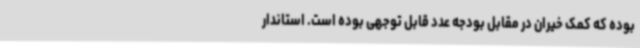
بوده که کمک خیران در مقابل بودجه عدد قابل توجهی بوده است. استاندار